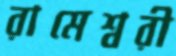
রামেশ্বরী